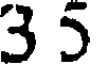
3 5